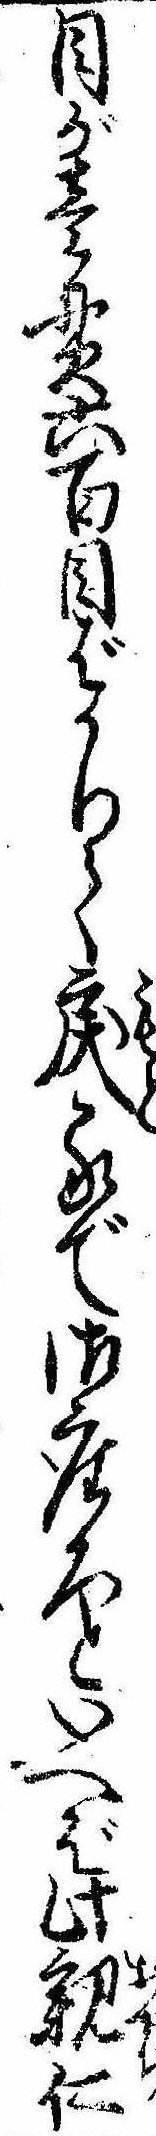
目が壱貫六百目ばかりて戻るで御座ろといへば此親仁